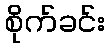
စိုက်ခင်း